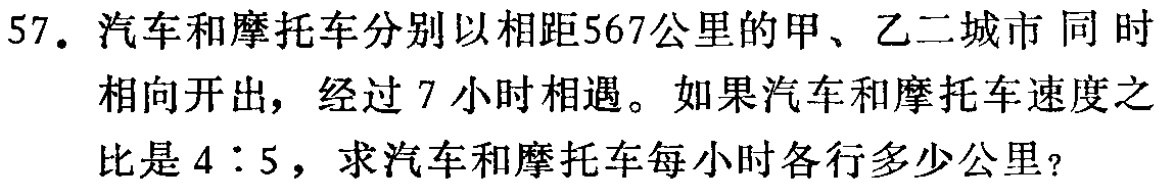
57. 汽车和摩托车分别以相距567公里的甲、乙二城市同时相向开出，经过7小时相遇。如果汽车和摩托车速度之比是4：5，求汽车和摩托车每小时各行多少公里？